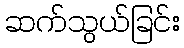
ဆက်သွယ်ခြင်း